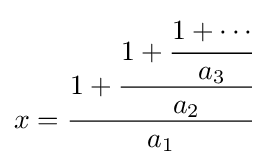
x={\cfrac {1+{\cfrac {1+{\cfrac {1+\cdots }{a_{3}}}}{a_{2}}}}{a_{1}}}